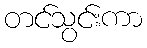
တင်သွင်းကာ